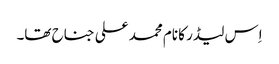
اِس لیڈر کا نام محمد علی جناح تھا۔